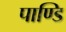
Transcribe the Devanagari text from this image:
पाण्डि